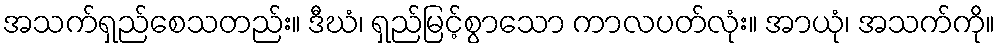
အသက်ရှည်စေသတည်း။ ဒီဃံ၊ ရှည်မြင့်စွာသော ကာလပတ်လုံး။ အာယုံ၊ အသက်ကို။